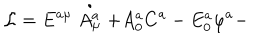
{ \cal L } = E ^ { a \mu } \stackrel { \bullet } { A _ { \mu } ^ { a } } + A _ { 0 } ^ { a } C ^ { a } - E _ { 0 } ^ { a } \varphi ^ { a } -